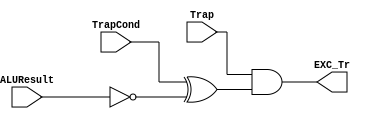
module TrapDetect(
    input  Trap,
    input  TrapCond,
    input  [31:0] ALUResult,
    output EXC_Tr
    );

    wire ALUZero = (ALUResult == 32'h00000000);
    assign EXC_Tr = Trap & (TrapCond ^ ALUZero);

endmodule